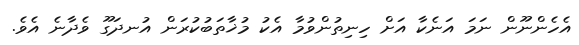
އެހެންނޫން ނަމަ އަނެކާ އަށް ހިނިތުންވުމާ އެކު މުޚާތަބުކުރަން އުނދަގޫ ވެދާނެ އެވެ.